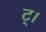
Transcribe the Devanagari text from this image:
ट्।